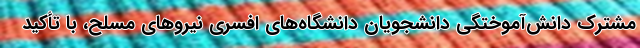
مشترک دانش‌آموختگی دانشجویان دانشگاه‌های افسری نیروهای مسلح، با تأکید